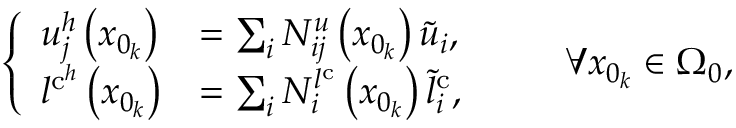
\left\{ \begin{array} { l l } { u _ { j } ^ { h } \left( x _ { 0 _ { k } } \right) } & { = \sum _ { i } { N } _ { i j } ^ { u } \left( { x } _ { 0 _ { k } } \right) \tilde { u } _ { i } , } \\ { l ^ { \mathrm { c } ^ { h } } \left( x _ { 0 _ { k } } \right) } & { = \sum _ { i } { N } _ { i } ^ { l ^ { \mathrm { c } } } \left( { x } _ { 0 _ { k } } \right) \tilde { l } _ { i } ^ { \mathrm { c } } , } \end{array} \right. \qquad \forall x _ { 0 _ { k } } \in \Omega _ { 0 } ,